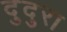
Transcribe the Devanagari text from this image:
दुदुरा